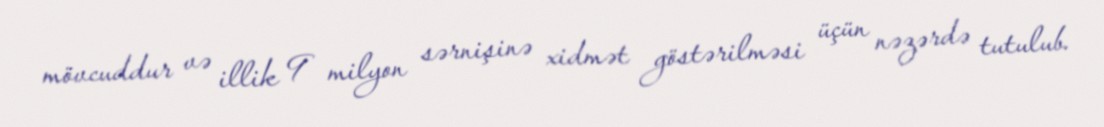
mövcuddur və illik 9 milyon sərnişinə xidmət göstərilməsi üçün nəzərdə tutulub.